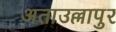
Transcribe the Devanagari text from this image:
अताउल्लापुर